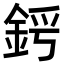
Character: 𨦜